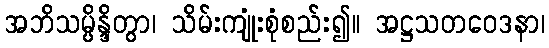
အဘိသမ္ပိန္ဒိတွာ၊ သိမ်းကျုံးစုံစည်း၍။ အဋ္ဌသတဝေဒနာ၊